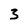
Character: 3